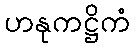
ဟနုကဋ္ဌိကံ